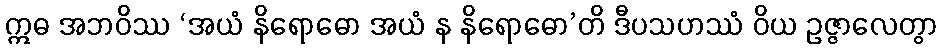
ဣဓ အဘဝိဿ ‘အယံ နိရောဓော အယံ န နိရောဓော’တိ ဒီပသဟဿံ ဝိယ ဥဇ္ဇာလေတွာ